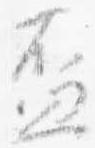
盃